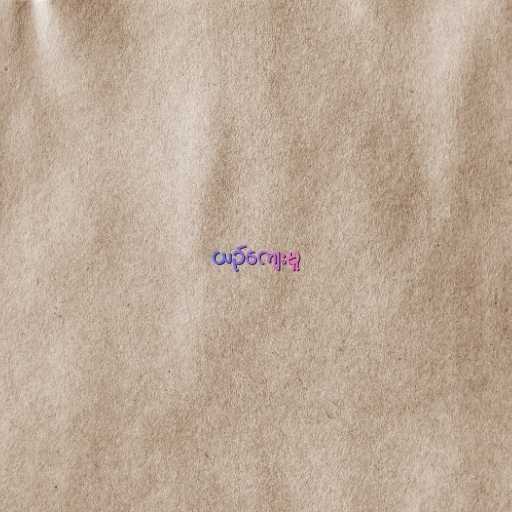
ယဉ်ကျေးမှု